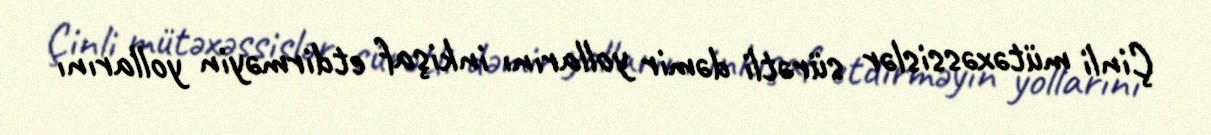
Çinli mütəxəssislər sürətli dəmir yollarını inkişaf etdirməyin yollarını